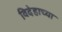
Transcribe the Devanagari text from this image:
विदेहाच्या